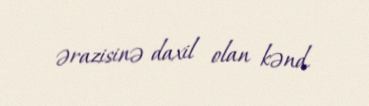
ərazisinə daxil olan kənd.